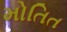
મોતિત